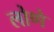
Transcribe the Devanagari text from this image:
लोणे